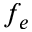
f _ { e }